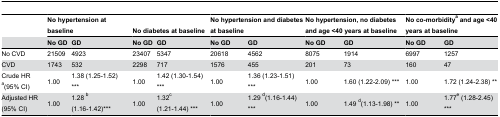
<table><thead><tr><td></td><td colspan="2"><b>No hypertension at baseline</b></td><td colspan="2"><b>No diabetes at baseline</b></td><td colspan="2"><b>No hypertension and diabetes at baseline</b></td><td colspan="2"><b>No hypertension, no diabetes and age &lt;40 years at baseline</b></td><td colspan="2"><b>No co-morbidity<sup>a</sup>and age &lt;40 years at baseline</b></td></tr><tr><td></td><td><b>No GD</b></td><td><b>GD</b></td><td><b>No GD</b></td><td><b>GD</b></td><td><b>No GD</b></td><td><b>GD</b></td><td><b>No GD</b></td><td><b>GD</b></td><td><b>No GD</b></td><td><b>GD</b></td></tr></thead><tbody><tr><td>No CVD</td><td>21509</td><td>4923</td><td>23407</td><td>5347</td><td>20618</td><td>4562</td><td>8075</td><td>1914</td><td>6997</td><td>1257</td></tr><tr><td>CVD</td><td>1743</td><td>532</td><td>2298</td><td>717</td><td>1576</td><td>455</td><td>201</td><td>73</td><td>160</td><td>47</td></tr><tr><td>Crude HR <sup>a</sup>(95% CI)</td><td>1.00</td><td>1.38 (1.25-1.52) ***</td><td>1.00</td><td>1.42 (1.30-1.54) ***</td><td>1.00</td><td>1.36 (1.23-1.51) ***</td><td>1.00</td><td>1.60 (1.22-2.09) ***</td><td>1.00</td><td>1.72 (1.24-2.38) **</td></tr><tr><td>Adjusted HR (95% CI)</td><td>1.00</td><td>1.28 <sup>b</sup> (1.16-1.42)***</td><td>1.00</td><td>1.32<sup>c</sup> (1.21-1.44) ***</td><td>1.00</td><td>1.29 <sup>d</sup>(1.16-1.44) ***</td><td>1.00</td><td>1.49 <sup>d</sup>(1.13-1.98) **</td><td>1.00</td><td>1.77<sup>e</sup> (1.28-2.45) ***</td></tr></tbody></table>